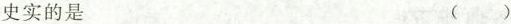
史实的是 ()